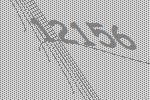
12156